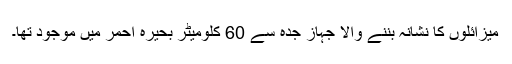
میزائلوں کا نشانہ بننے والا جہاز جدہ سے 60 کلومیٹر بحیرہ احمر میں موجود تھا۔